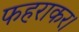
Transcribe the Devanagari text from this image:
फहराकर।